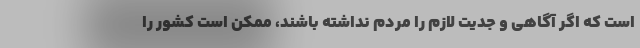
است که اگر آگاهی و جدیت لازم را مردم نداشته باشند، ممکن است کشور را